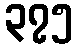
၃၇၅